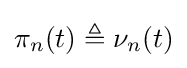
\pi _{n}(t)\triangleq \nu _{n}(t)